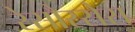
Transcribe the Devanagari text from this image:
रेसौरसेस